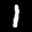
Label: 1